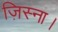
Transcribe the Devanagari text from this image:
ज़िस्ना।